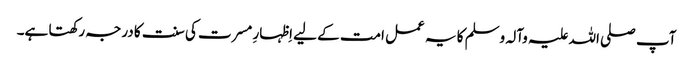
آپ صلی اللہ علیہ وآلہ وسلم کا یہ عمل امت کے لیے اِظہارِ مسرت کی سنت کا درجہ رکھتا ہے۔